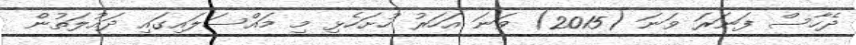
ދެހާސް ފަނަރަ ވަނަ (2015) ވަނަ އަހަރު ހުށަހެޅި މި މައްސަލައިގައި ދައުލަތުން